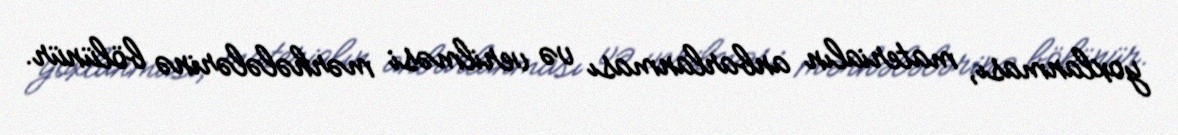
yoxlanması, materialın anbarlanması və verilməsi mərhələlərinə bölünür.